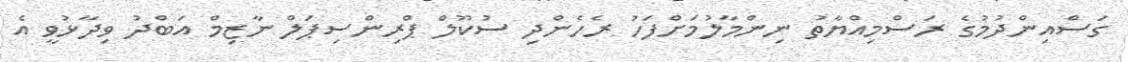
ގަސްއިންދުމުގެ ރަސްމިއްޔާތު ނިންމާލުމަށްފަހު ރެހެންދި ސުކޫލް ޕްރިންސިޕަލް ނާޒިމް އަބްދު ވިދާޅުވީ އެ